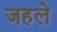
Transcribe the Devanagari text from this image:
जहले